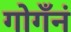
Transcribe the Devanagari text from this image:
गोगँनं